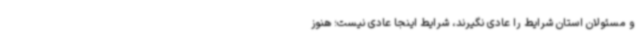
و مسئولان استان شرایط را عادی نگیرند، شرایط اینجا عادی نیست؛ هنوز